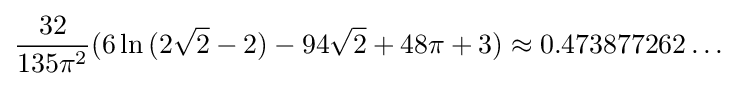
{\frac {32}{135\pi ^{2}}}(6\ln {(2{\sqrt {2}}-2)}-94{\sqrt {2}}+48\pi +3)\approx 0.473877262\ldots